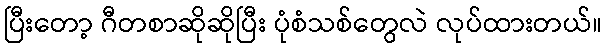
ပြီးတော့ ဂီတစာဆိုဆိုပြီး ပုံစံသစ်တွေလဲ လုပ်ထားတယ်။